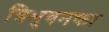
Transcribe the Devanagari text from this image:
त्रिभुवनका